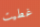
غطيت